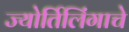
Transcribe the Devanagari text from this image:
ज्‍योर्तिलिंगाचे